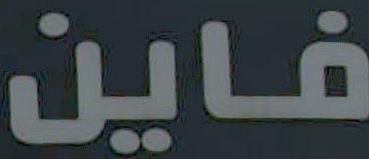
فاين